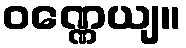
ဝဏ္ဏေယျ။